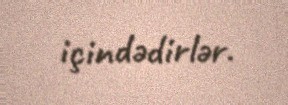
içindədirlər.